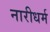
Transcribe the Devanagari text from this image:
नारीधर्म